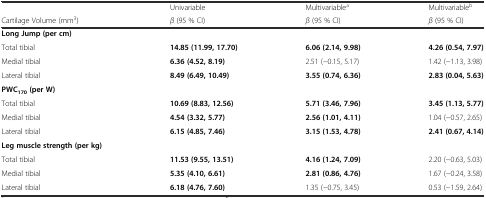
<table><thead><tr><td></td><td><b>Univariable</b></td><td><b>Multivariable<sup>a</sup></b></td><td><b>Multivariable<sup>b</sup></b></td></tr><tr><td><b>Cartilage Volume (mm<sup>3</sup>)</b></td><td><b><i>β</i> (95 % CI)</b></td><td><b><i>β</i> (95 % CI)</b></td><td><b><i>β</i> (95 % CI)</b></td></tr></thead><tbody><tr><td><b>Long Jump (per cm)</b></td><td></td><td></td><td></td></tr><tr><td>Total tibial</td><td><b>14.85 (11.99, 17.70)</b></td><td><b>6.06 (2.14, 9.98)</b></td><td><b>4.26 (0.54, 7.97)</b></td></tr><tr><td>Medial tibial</td><td><b>6.36 (4.52, 8.19)</b></td><td>2.51 (−0.15, 5.17)</td><td>1.42 (−1.13, 3.98)</td></tr><tr><td>Lateral tibial</td><td><b>8.49 (6.49, 10.49)</b></td><td><b>3.55 (0.74, 6.36)</b></td><td><b>2.83 (0.04, 5.63)</b></td></tr><tr><td><b>PWC</b><sub><b>170</b></sub><b>(per W)</b></td><td></td><td></td><td></td></tr><tr><td>Total tibial</td><td><b>10.69 (8.83, 12.56)</b></td><td><b>5.71 (3.46, 7.96)</b></td><td><b>3.45 (1.13, 5.77)</b></td></tr><tr><td>Medial tibial</td><td><b>4.54 (3.32, 5.77)</b></td><td><b>2.56 (1.01, 4.11)</b></td><td>1.04 (−0.57, 2.65)</td></tr><tr><td>Lateral tibial</td><td><b>6.15 (4.85, 7.46)</b></td><td><b>3.15 (1.53, 4.78)</b></td><td><b>2.41 (0.67, 4.14)</b></td></tr><tr><td><b>Leg muscle strength (per kg)</b></td><td></td><td></td><td></td></tr><tr><td>Total tibial</td><td><b>11.53 (9.55, 13.51)</b></td><td><b>4.16 (1.24, 7.09)</b></td><td>2.20 (−0.63, 5.03)</td></tr><tr><td>Medial tibial</td><td><b>5.35 (4.10, 6.61)</b></td><td><b>2.81 (0.86, 4.76)</b></td><td>1.67 (−0.24, 3.58)</td></tr><tr><td>Lateral tibial</td><td><b>6.18 (4.76, 7.60)</b></td><td>1.35 (−0.75, 3.45)</td><td>0.53 (−1.59, 2.64)</td></tr></tbody></table>